画像に写った文字を読んでください
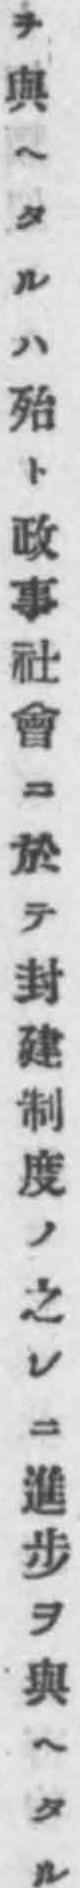
「ヲ與ヘタルハ殆ト政事社會ニ於テ封建制度ノ之レニ進步ヲ與ヘタル」と書いてあります